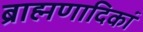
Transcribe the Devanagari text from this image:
ब्राह्मणादिकां